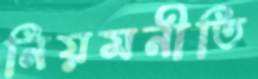
নিয়মনীতি